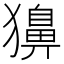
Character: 𤢳